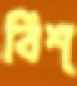
বিশ্